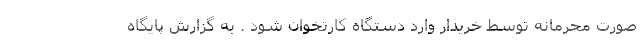
صورت محرمانه توسط خریدار وارد دستگاه کارتخوان شود . به گزارش پایگاه